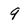
Character: 9